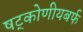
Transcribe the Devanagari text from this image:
षट्कोणीयबर्फ